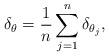
LaTeX: \begin{align*} \delta_\theta = \frac{1}{n} \sum_{j=1}^n \delta_{\theta_j}, \end{align*}